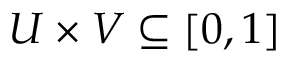
U \times V \subseteq [ 0 , 1 ]